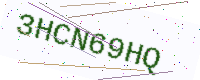
Text: 3HCN69HQ